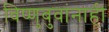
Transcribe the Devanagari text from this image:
विष्णुबुवांनाही